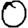
Digit: 0